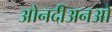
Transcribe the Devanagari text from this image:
ओनदीअनओ